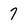
Character: 7